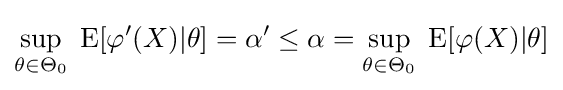
\sup _{\theta \in \Theta _{0}}\;\operatorname {E} [\varphi '(X)|\theta ]=\alpha '\leq \alpha =\sup _{\theta \in \Theta _{0}}\;\operatorname {E} [\varphi (X)|\theta ]